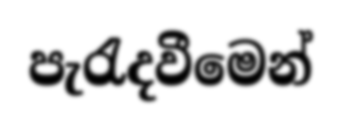
පැරැදවීමෙන්